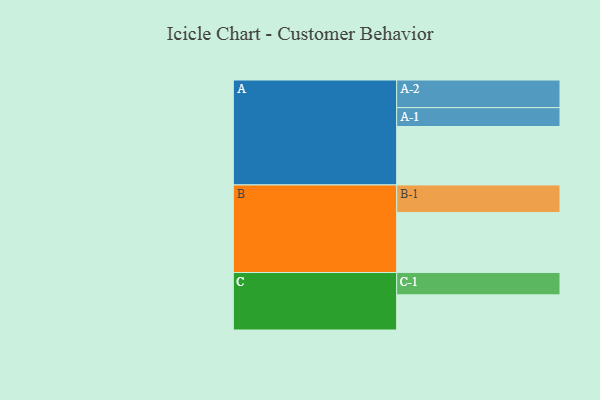
{"axis": {"x": "Segment", "y": "Value"}, "legend": ["", "A", "B", "C"], "data": [{"x": "A", "y": 539, "type": ""}, {"x": "B", "y": 554, "type": ""}, {"x": "C", "y": 324, "type": ""}, {"x": "A-1", "y": 174, "type": "A"}, {"x": "A-2", "y": 255, "type": "A"}, {"x": "B-1", "y": 254, "type": "B"}, {"x": "C-1", "y": 206, "type": "C"}]}